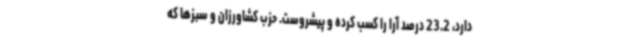
دارد، 23.2 درصد آرا را کسب کرده و پیشروست. حزب کشاورزان و سبزها که